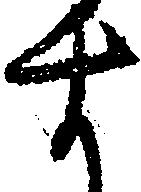
す